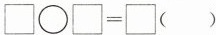
$$\Box \circ \Box=\Box（ ）$$